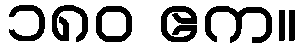
၁၈၀ ဧက။